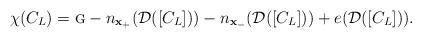
LaTeX: \begin{align*}\chi(C_L)=\textsc{g}-n_{\mathbf{x}_+}(\mathcal{D}([C_L]))-n_{\mathbf{x}_-}(\mathcal{D}([C_L]))+e(\mathcal{D}([C_L])).\end{align*}